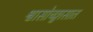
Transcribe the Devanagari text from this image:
श्वासोच्छ्वासात